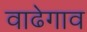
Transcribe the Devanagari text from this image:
वाढेगाव